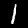
Digit: 1